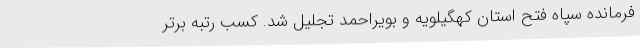
فرمانده سپاه فتح استان کهگیلویه و بویراحمد تجلیل شد. کسب رتبه برتر